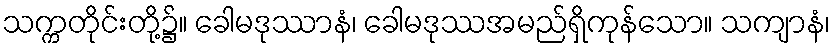
သက္ကတိုင်းတို့၌။ ခေါမဒုဿာနံ၊ ခေါမဒုဿအမည်ရှိကုန်သော။ သကျာနံ၊